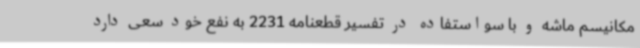
مکانیسم ماشه و با سواستفاده در تفسیر قطعنامه 2231 به نفع خود سعی دارد